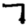
Digit: 7